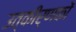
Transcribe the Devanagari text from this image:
उत्‍कीर्णकों